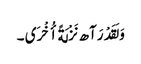
وَ لَقَدْ رَآھ نَزْلَةً أُخْرَی ۔